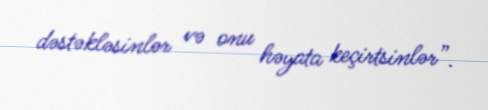
dəstəkləsinlər və onu həyata keçirtsinlər”.